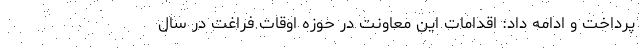
پرداخت و ادامه داد: اقدامات این معاونت در حوزه اوقات فراغت در سال